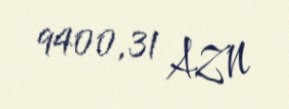
9400,31 AZN